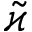
\tilde { \varkappa }